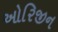
ઓરિજીન